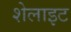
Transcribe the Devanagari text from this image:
शेलाइट